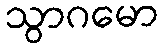
သွာဂမော